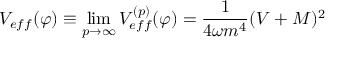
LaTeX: V _ { e f f } ( \varphi ) \equiv \operatorname * { l i m } _ { p \to \infty } V _ { e f f } ^ { ( p ) } ( \varphi ) = \frac { 1 } { 4 \omega m ^ { 4 } } ( V + M ) ^ { 2 }